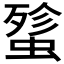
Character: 𰳋